Development of the Leishman-Donovan parasite in Cimex rotundatus - Number 31
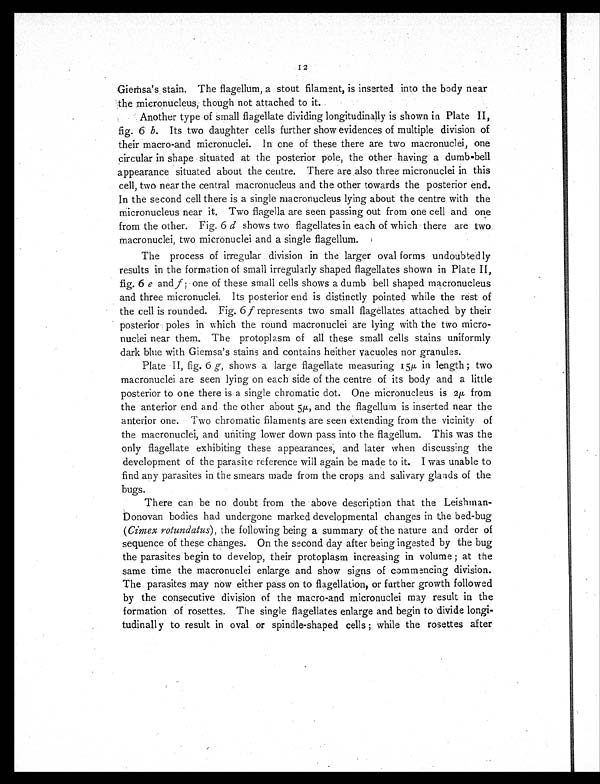
12
Giemsa's stain. The flagellum, a stout filament, is inserted into the body near
the micronucleus, though not attached to it.
Another type of small flagellate dividing longitudinally is shown in Plate II,
fig. 6 b. Its two daughter cells further show evidences of multiple division of
their macro-and micronuclei. In one of these there are two macronuclei, one
circular in shape situated at the posterior pole, the other having a dumb-bell
appearance situated about the centre. There are also three micronuclei in this
cell, two near the central macronucleus and the other towards the posterior end.
In the second cell there is a single macronucleus lying about the centre with the
micronucleus near it. Two flagella are seen passing out from one cell and one
from the other. Fig. 6 d shows two flagellates in each of which there are two
macronuclei, two micronuclei and a single flagellum.
The process of irregular division in the larger oval forms undoubtedly
results in the formation of small irregularly shaped flagellates shown in Plate II,
fig. 6 e and f ; one of these small cells shows a dumb bell shaped macronucleus
and three micronuclei. Its posterior end is distinctly pointed while the rest of
the cell is rounded. Fig. 6 f represents two small flagellates attached by their
posterior poles in which the round macronuclei are lying with the two micro-
nuclei near them. The protoplasm of all these small cells stains uniformly
dark blue with Giemsa's stains and contains heither vacuoles nor granules.
Plate II, fig. 6 g, shows a large flagellate measuring 15µ in length; two
macronuclei are seen lying on each side of the centre of its body and a little
posterior to one there is a single chromatic dot. One micronucleus is 2µ from
the anterior end and the other about 5µ, and the flagellum is inserted near the
anterior one. Two chromatic filaments are seen extending from the vicinity of
the macronuclei, and uniting lower down pass into the flagellum. This was the
only flagellate exhibiting these appearances, and later when discussing the
development of the parasite reference will again be made to it. I was unable to
find any parasites in the smears made from the crops and salivary glands of the
bugs.
There can be no doubt from the above description that the Leishtman-
Donovan bodies had undergone marked developmental changes in the bed-bug
(Cimex rotundatus), the following being a summary of the nature and order of
sequence of these changes. On the second day after being ingested by the bug
the parasites begin to develop, their protoplasm increasing in volume ; at the
same time the macronuclei enlarge and show signs of commencing division.
The parasites may now either pass on to flagellation, or further growth followed
by the consecutive division of the macro-and micronuclei may result in the
formation of rosettes. The single flagellates enlarge and begin to divide longi-
tudinally to result in oval or spindle-shaped cells ; while the rosettes after